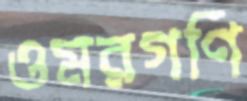
ওমরগণি